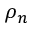
\rho _ { n }